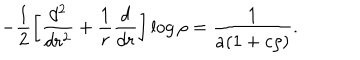
- \frac 1 2 \left[ \frac { d ^ { 2 } } { d r ^ { 2 } } + \frac 1 r \frac d { d r } \right] \log \rho = \frac 1 { a ( 1 + c \rho ) } .